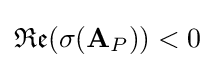
{\mathfrak {Re}}(\sigma ({\textbf {A}}_{P}))<0